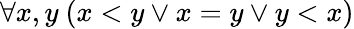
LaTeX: \forall x,y\ (x<y\lor x=y\lor y<x)